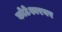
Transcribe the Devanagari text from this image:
कोटेश्वरवर